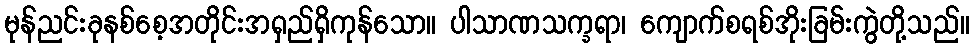
မုန်ညင်းခုနစ်စေ့အတိုင်းအရှည်ရှိကုန်သော။ ပါသာဏသက္ခရာ၊ ကျောက်စရစ်အိုးခြမ်းကွဲတို့သည်။